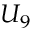
U _ { 9 }